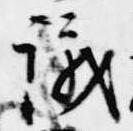
議